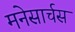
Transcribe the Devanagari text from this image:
मनेसार्चस